画像に写った文字を読んでください
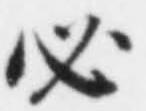
「必」と書いてあります